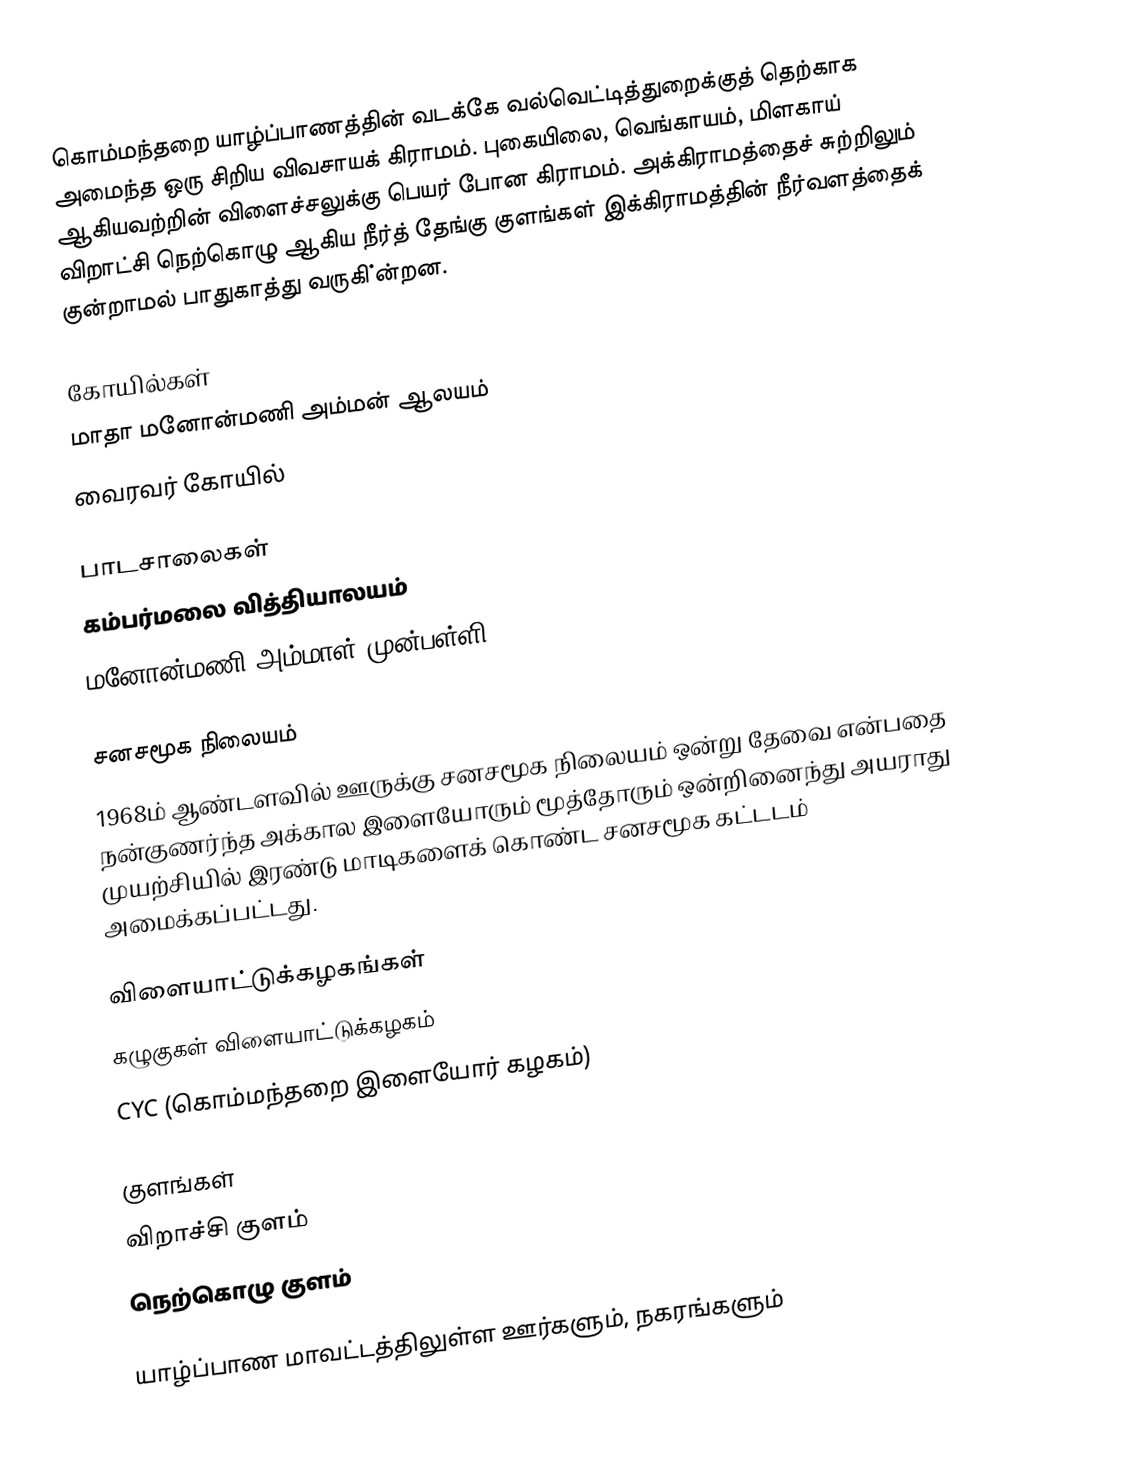
கொம்மந்தறை யாழ்ப்பாணத்தின் வடக்கே வல்வெட்டித்துறைக்குத் தெற்காக அமைந்த ஒரு சிறிய விவசாயக் கிராமம். புகையிலை, வெங்காயம், மிளகாய் ஆகியவற்றின் விளைச்சலுக்கு பெயர் போன கிராமம். அக்கிராமத்தைச் சுற்றிலும் விறாட்சி நெற்கொழு ஆகிய நீர்த் தேங்கு குளங்கள் இக்கிராமத்தின் நீர்வளத்தைக் குன்றாமல் பாதுகாத்து வருகி்ன்றன.

கோயில்கள்
மாதா மனோன்மணி அம்மன் ஆலயம்
வைரவர் கோயில்

பாடசாலைகள்
கம்பர்மலை வித்தியாலயம்
மனோன்மணி அம்மாள் முன்பள்ளி

சனசமூக நிலையம்
1968ம் ஆண்டளவில் ஊருக்கு சனசமூக நிலையம் ஒன்று தேவை என்பதை நன்குணர்ந்த அக்கால இளையோரும் மூத்தோரும் ஒன்றினைந்து அயராது முயற்சியில் இரண்டு மாடிகளைக் கொண்ட சனசமூக கட்டடம் அமைக்கப்பட்டது.

விளையாட்டுக்கழகங்கள்
கழுகுகள் விளையாட்டுக்கழகம்
 CYC (கொம்மந்தறை இளையோர் கழகம்)

குளங்கள்
விறாச்சி குளம்
நெற்கொழு குளம்

யாழ்ப்பாண மாவட்டத்திலுள்ள ஊர்களும், நகரங்களும்